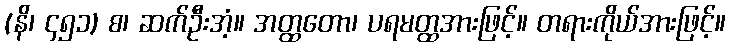
(နိ၊ ၄၅၁) စ၊ ဆက်ဦးအံ့။ အတ္ထတော၊ ပရမတ္ထအားဖြင့်။ တရားကိုယ်အားဖြင့်။